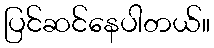
ပြင်ဆင်နေပါတယ်။